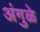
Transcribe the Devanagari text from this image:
अंगुळे